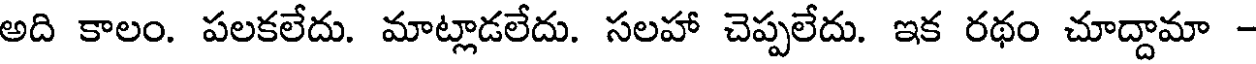
అది కాలం. పలకలేదు. మాట్లాడలేదు. సలహా చెప్పలేదు. ఇక రథం చూద్దామా -